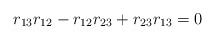
\begin{align*}r_{13}r_{12} - r_{12}r_{23} +r_{23}r_{13} = 0\end{align*}